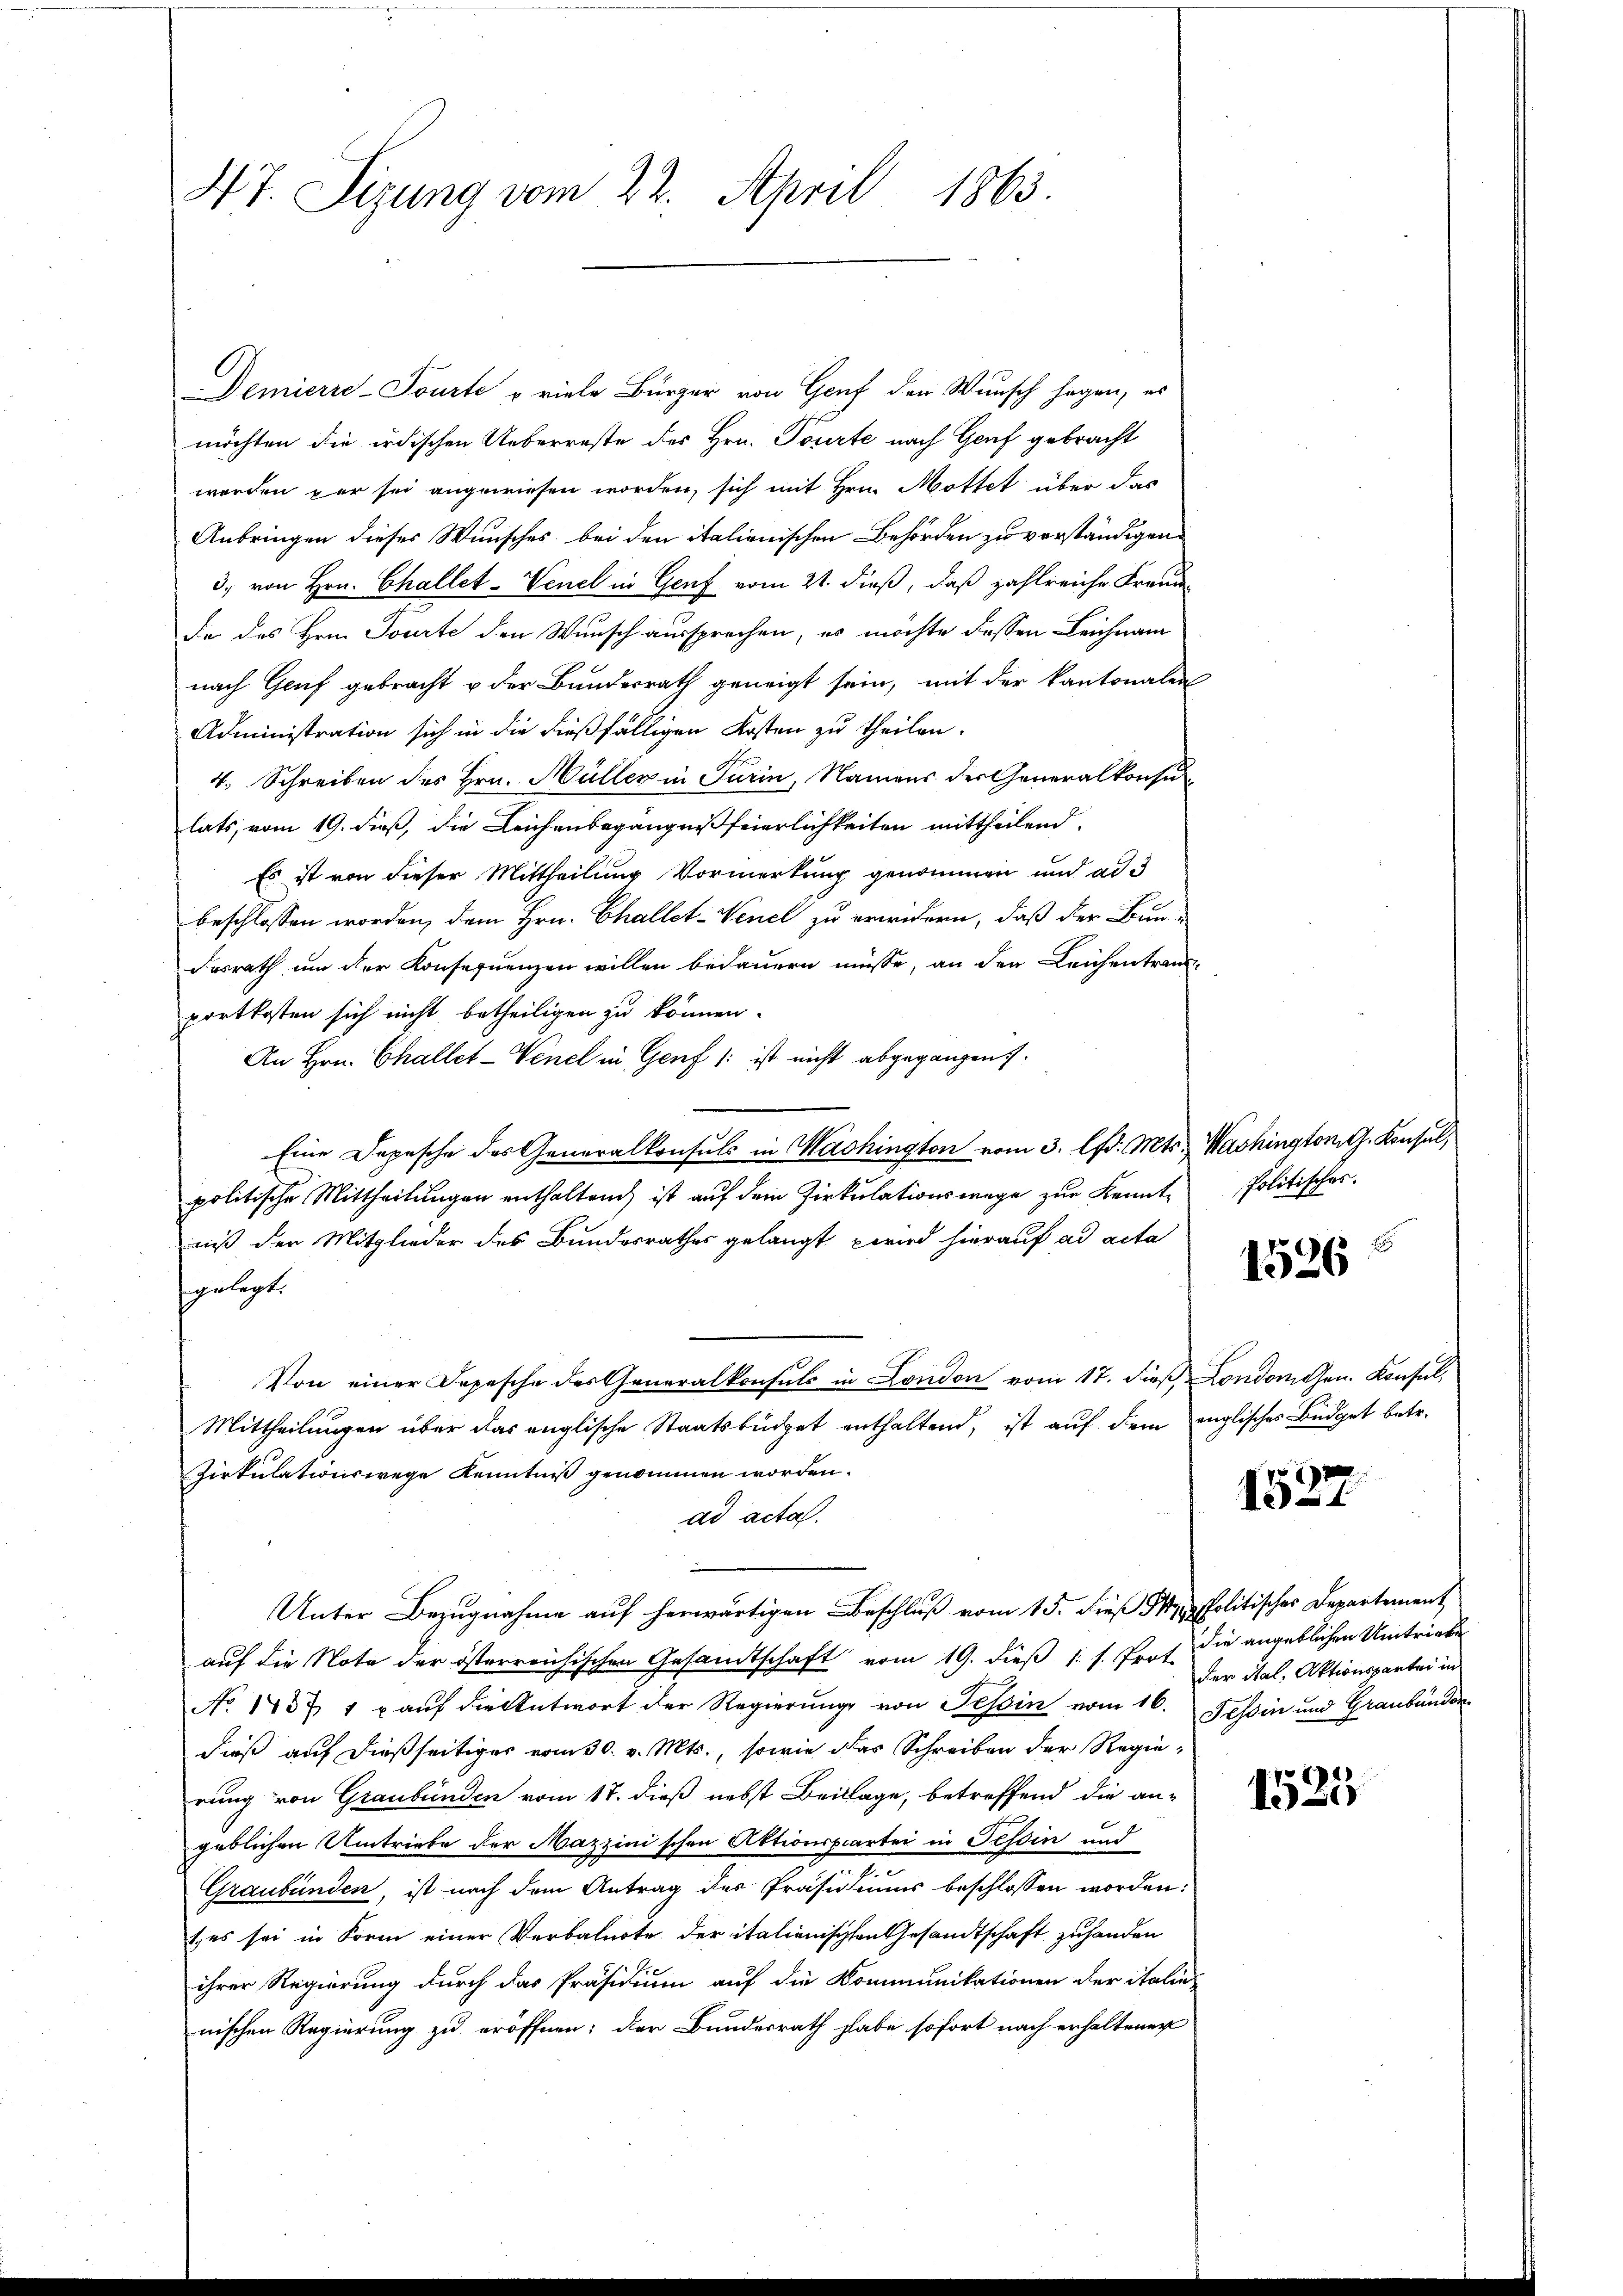
47. Sizung vom 22. April 1863.

Demierre-Pourte u viele Bürger von Genf den Wunsch sagen, es
möchten die irdischen Ueberreste des Hrn. Tourte nach Genf gebracht
werden per sei angewiesen worden, sich mit Hrn. Mottet über das
Anbringen dieses Wunsches bei den italienischen Behörden zu verständigen.
3. von Hrn. Challet-Venel in Genf vom 21. dieß, daß zahlreiche Freundde des Hrn. Tourte den Wunsch aussprechen, es möchte dessen Leichnam
nach Genf gebracht u der Bundesrath geneigt sein, mit der kantonalen
Administration sich in die dießfälligen Kosten zu theilen.
4. Schreiben des Hrn. Müller in Parin, Namens der Generalkonsu
lats, vom 19. dieß, die Leichenbegängnißfeierlichkeiten mittheilend.
Es ist von dieser Mittheilung Vormerkung genommen und ad 3
beschlossen worden, dem Hrn. Challet-Venel zu erwidern, daß der Bundosrath um der Konsequenzen willen bedauern müsse, an den Leichentrau-
portkosten sich nicht betheiligen zu können.
An Hrn. Challet-Venel in Genf (: ist nicht abgegangen.
Eine Depesche des Generalkonsuls in Machington vom 3. lfd. Mts. Washington, G. Konsul,
politische Mittheilŭngen enthaltend ist aŭf dem Zirkŭlationswege zŭr Kennt-Politisches.
niß der Mitglieder des Bundesrathes gelangt wird hierauf ad acta
gelegt.
Von einer Depesche des Generalkonsuls in London vom 17. dieß Londonnen. Konsul¬
Mittheilungen über das englische Staatsbüdget enthaltend, ist auf dem englisches Büdget betr.
Zirkulationswege Kenntniß genommen worden.
ad acta.
Unter Bezugnahme auf herwärtigen Beschluß vom 15. dieß der Politischer Departement
auf die Note der österreichischen Gesamtschaft vom 19. dieß 1 f. Prot.
No 1437 1 u auf die Antwort der Regierung von Tessin vom 16. Tessin und Graubünder
dieß auf dießseitiges vom 30. v. Mts., sowie das Schreiben der Regierung von Graubünden vom 17. dieß nebst Beilage, betreffend die an-
geblichen Umtriebe der Mazzinischen Aktionspartei in Tessin und
Graubünden, ist nach dem Antrag des Präsidiums beschlossen worden:
tes sei in Form einer Verbalnote der italienischen Gesandtschaft zu handen
ihrer Regierung durch das Präsidium auf die Kommunikationen der italie
nischen Regierung zu eröffnen; der Bundesrath habe sofort nach erhaltenen

1526

i
1

die angeblichen Umtriebe
der ital. Aktionspartei in

7674)
A Sc